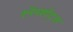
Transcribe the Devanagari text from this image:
स्नॅपशॉट्स